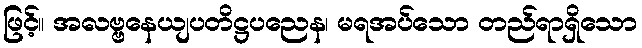
ဖြင့်။ အလဗ္ဗနေယျပတိဋ္ဌပညေန၊ မရအပ်သော တည်ရာရှိသော